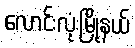
လောင်းလုံးမြို့နယ်